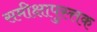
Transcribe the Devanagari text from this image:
समीक्षापुस्त्तक